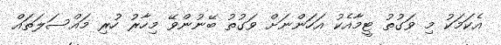
އެކަމަކު މި ވަގުުތު ޓީމާއެކު އަހަންނަށް ވަގުުތު ބޭނުންވޭ މިހާރު ހުރި މައްސަލަތައް